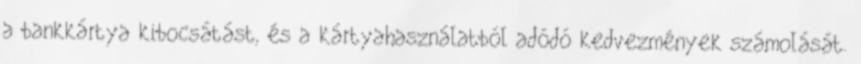
a bankkártya kibocsátást, és a kártyahasználatból adódó kedvezmények számolását.